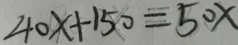
4 0 x + 1 5 0 = 5 0 x